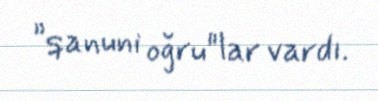
”qanuni oğru"lar vardı.